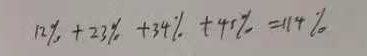
1 2 \% + 2 3 \% + 3 4 \% + 4 5 \% = 1 1 4 \%